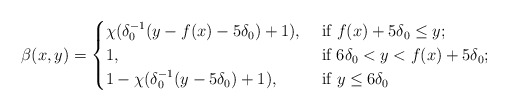
\begin{align*}\beta(x,y)=\begin{cases}\chi(\delta_{0}^{-1}(y-f(x)-5\delta_{0})+1), & \mbox{ if $ f(x)+5\delta_0\le y$;}\\1, & \mbox{ if $6\delta_{0}<y<f(x)+5\delta_0$;}\\1-\chi(\delta_{0}^{-1}(y-5\delta_{0})+1), & \mbox{ if $y\le 6\delta_{0}$}\end{cases}\end{align*}